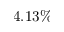
4 . 1 3 \%